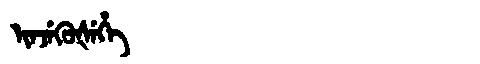
Manchu: ᡳᠨᠵᡝᡴᡠᡧᡝᡥᡝ
Romanization: INJEKUŠEHE